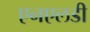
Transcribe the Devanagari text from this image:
एनएलडी